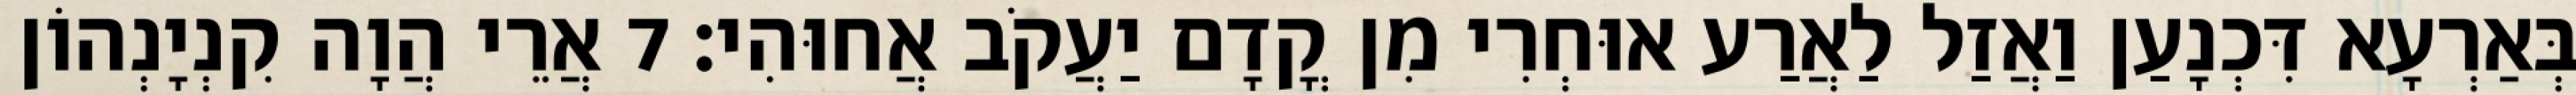
בְּאַרְעָא דִּכְנָעַן וַאֲזַל לַאֲרַע אוּחְרִי מִן קֳדָם יַעֲקֹב אֲחוּהִי׃ 7 אֲרֵי הֲוָה קִנְיָנְהוֹן